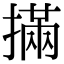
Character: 㨺